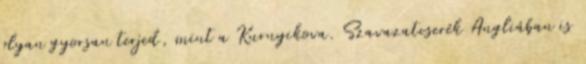
olyan gyorsan terjed, mint a Kurnyikova. Szavazatcserék Angliában is